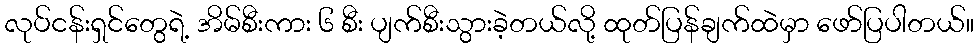
လုပ်ငန်းရှင်တွေရဲ့ အိမ်စီးကား ၆ စီး ပျက်စီးသွားခဲ့တယ်လို့ ထုတ်ပြန်ချက်ထဲမှာ ဖော်ပြပါတယ်။